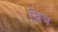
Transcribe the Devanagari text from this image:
खिज